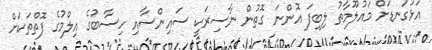
އަޅުގަނޑަށް މައުލޫމާތު ލިބިފަ އޮންނަ ގޮތުން ނާސިރަކީ ސައިންސާއި ހިސާބުގެ އިލްމުގެ ފޮތްތަކަށް